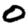
Digit: 0